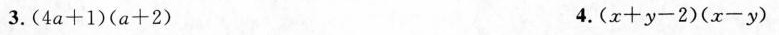
3.$$( 4 a + 1 ) ( a + 2 )$$ 4.$$( x + y - 2 ) ( x - y )$$